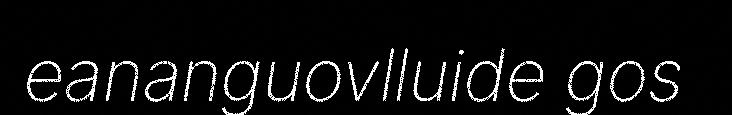
eananguovlluide gos